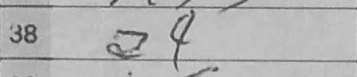
Transcription: a4